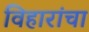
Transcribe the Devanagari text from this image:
विहारांचा